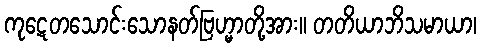
ကုဋေတသောင်းသောနတ်ဗြဟ္မာတို့အား။ တတိယာဘိသမာယာ၊